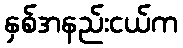
နှစ်အနည်းငယ်က